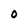
Character: O